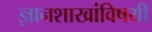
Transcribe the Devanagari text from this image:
ज्ञानशाखांविषयी